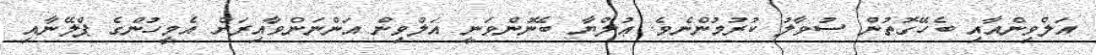
އަލްވިންއާއި ބެހޭގޮތުން ސުވާލު ކުރުމުންނެވެ. ޢުލްޔާ ބޭނުންވަނީ އަލްވިން އަންނަންވާއިރަށް އެމީހުންގެ ޕްލޭނާއި